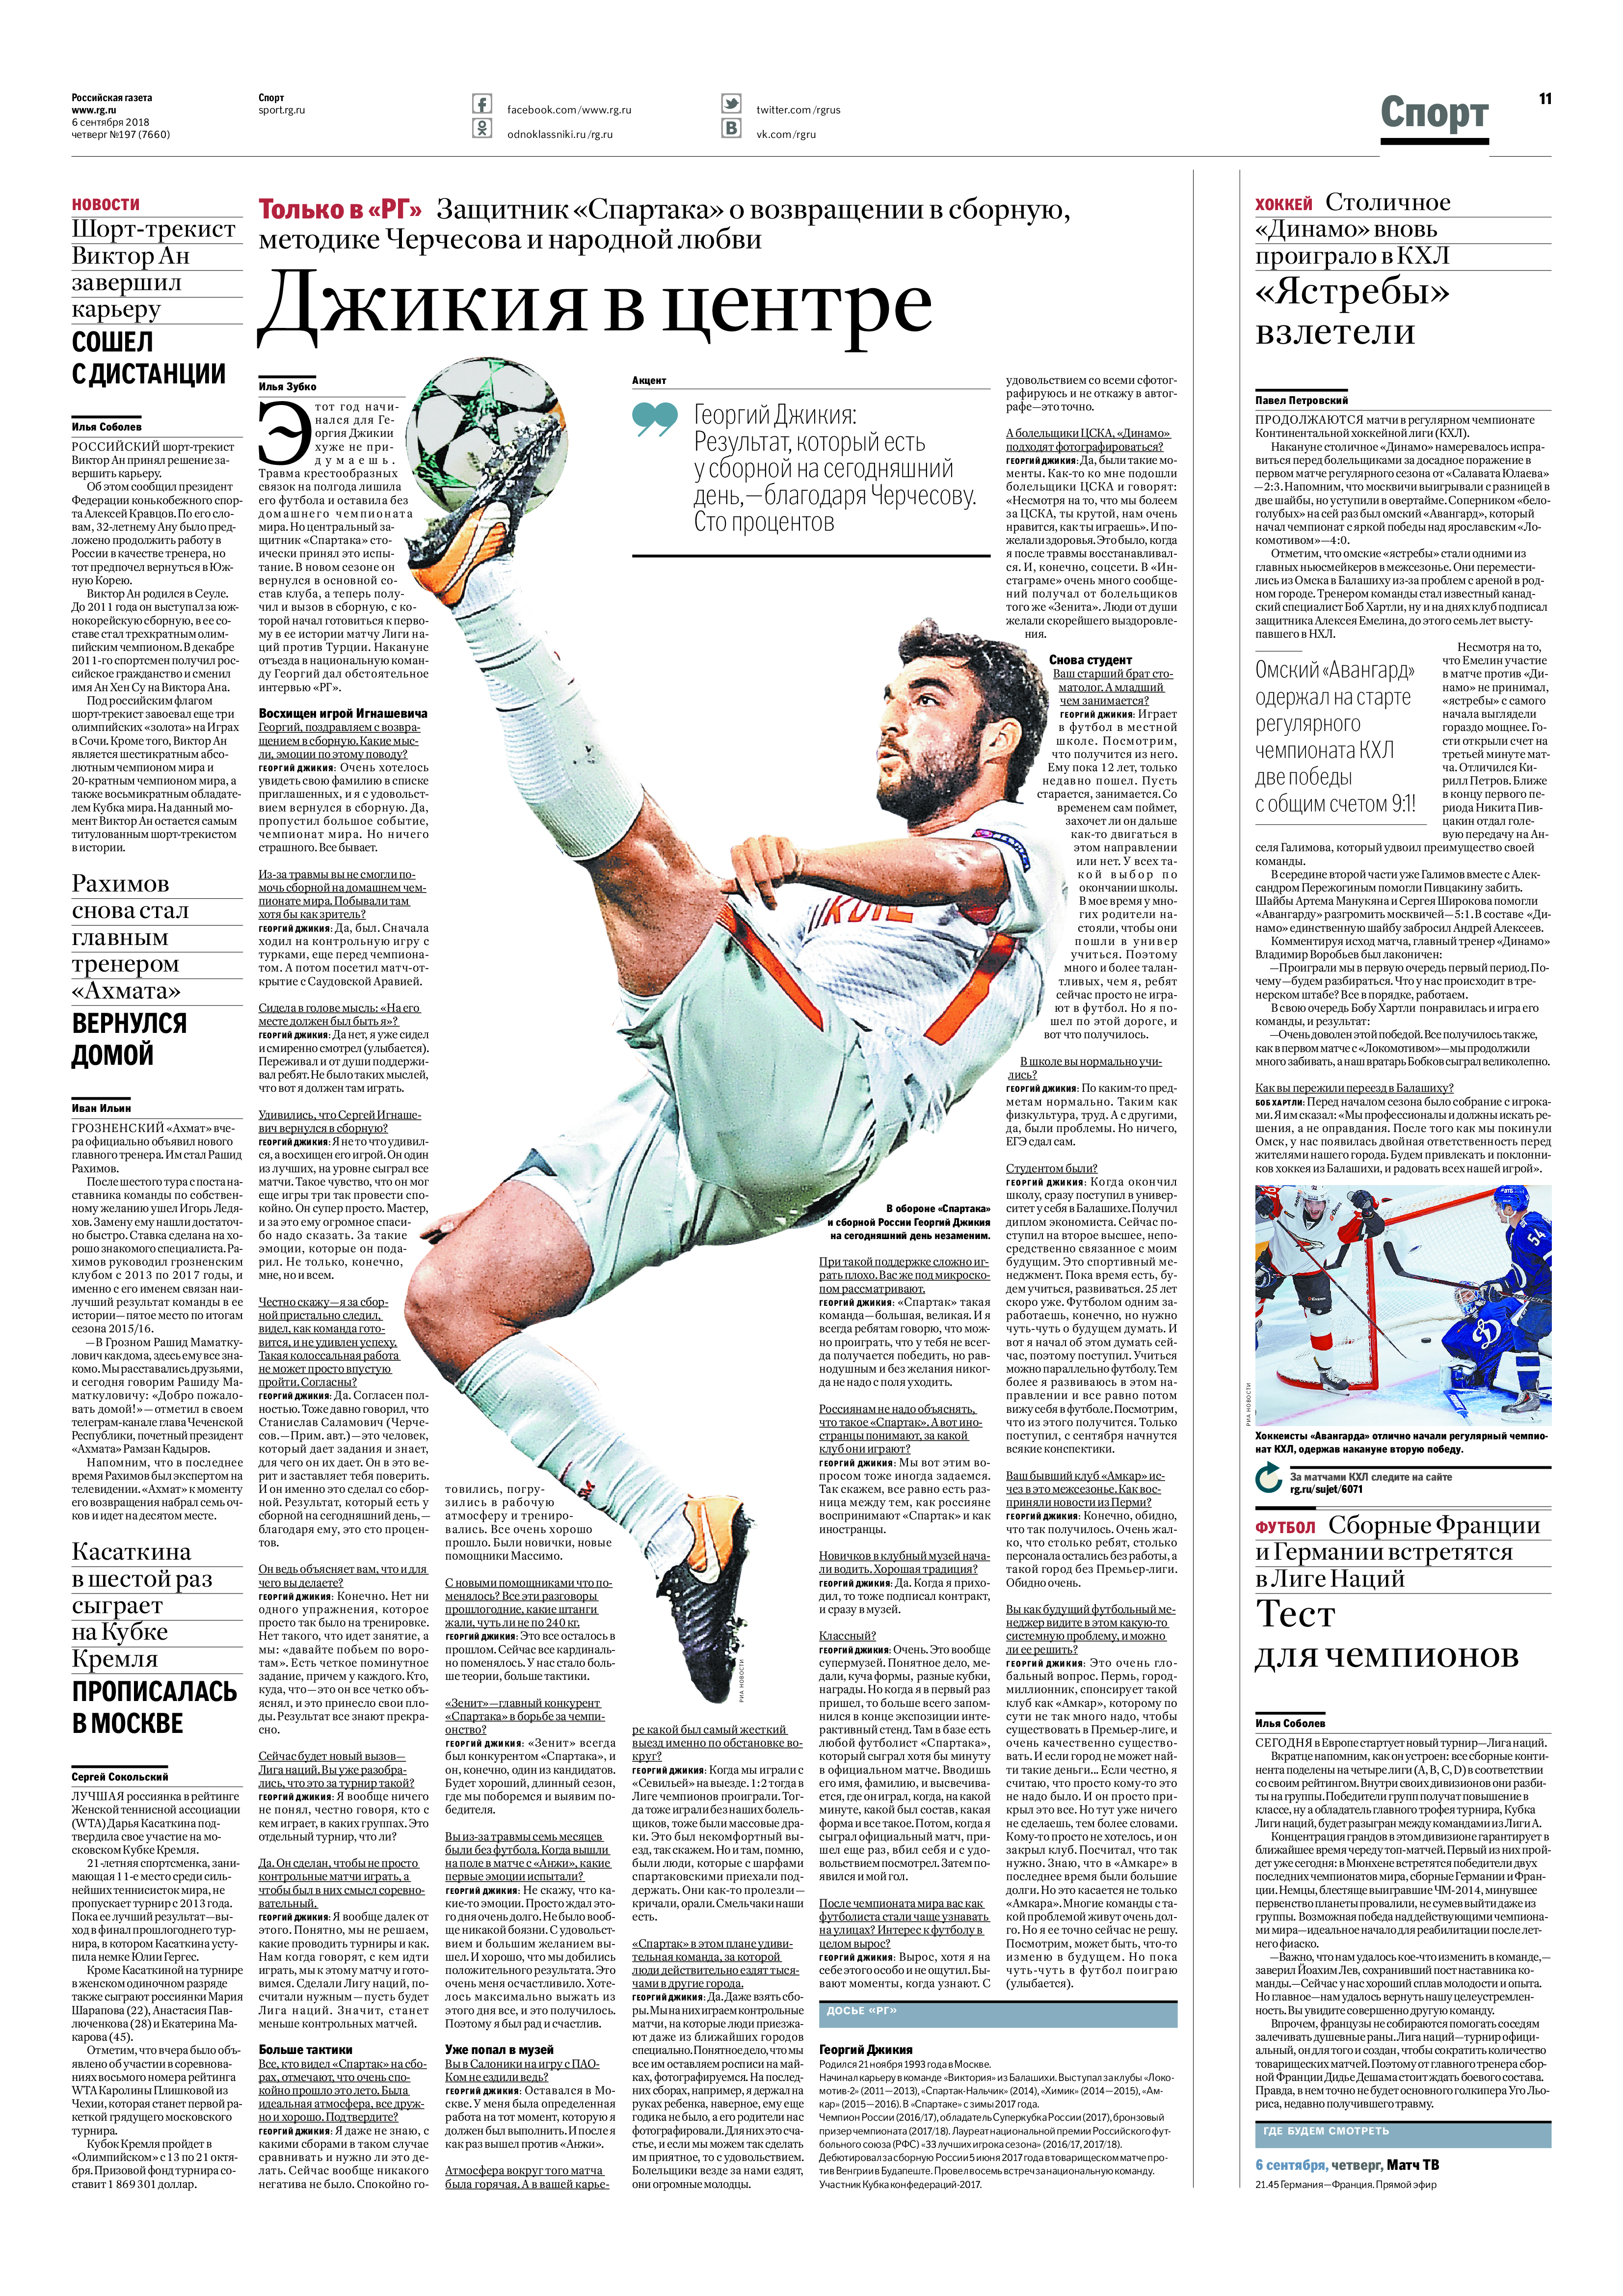
Language: ru